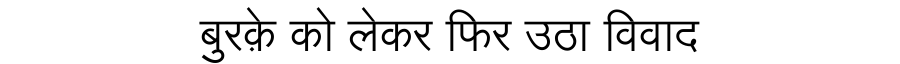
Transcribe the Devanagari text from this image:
बुरक़े को लेकर फिर उठा विवाद